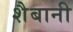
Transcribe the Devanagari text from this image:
शैबानी